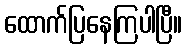
ထောက်ပြနေကြပါပြီ။